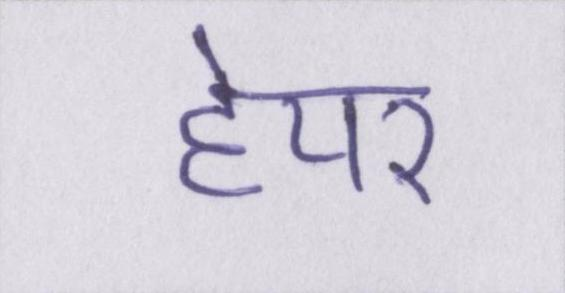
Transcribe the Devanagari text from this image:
हेयर